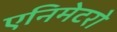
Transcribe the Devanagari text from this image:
एनिमेटरो